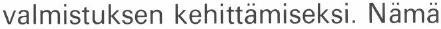
valmistuksen kehittämiseksi. Nämä